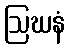
ဩဃနံ